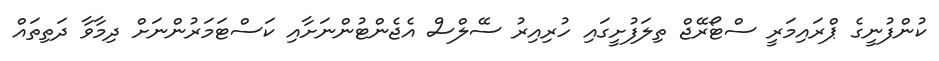
ކުންފުނީގެ ޕްރައިމަރީ ސްޓޯރޭޖް ތިލަފުށީގައި ހުރިއިރު ސޭލްސް އެޖެންޓުންނަށާއި ކަސްޓަމަރުންނަށް ދިމާވާ ދަތިތައް